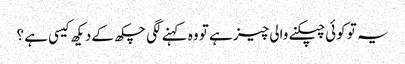
یہ تو کوئی چپکنے والی چیز ہے تو وہ کہنے لگی چکھ کے دیکھ کیسی ہے ؟